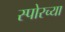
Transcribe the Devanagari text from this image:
स्पोरच्या